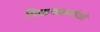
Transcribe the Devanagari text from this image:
विक्रयकर्ताओं